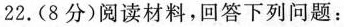
22.（8分）阅读材料，回答下列问题：